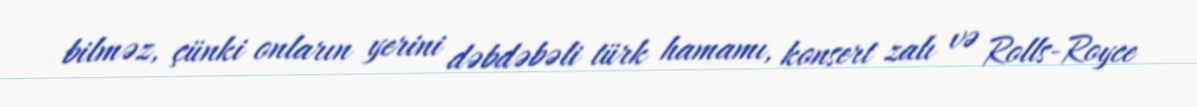
bilməz, çünki onların yerini dəbdəbəli türk hamamı, konsert zalı və Rolls-Royce